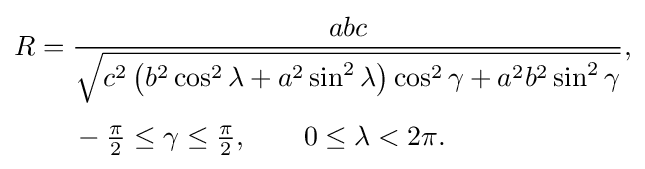
{\begin{aligned}R={}&{\frac {abc}{\sqrt {c^{2}\left(b^{2}\cos ^{2}\lambda +a^{2}\sin ^{2}\lambda \right)\cos ^{2}\gamma +a^{2}b^{2}\sin ^{2}\gamma }}},\\[3pt]&-{\tfrac {\pi }{2}}\leq \gamma \leq {\tfrac {\pi }{2}},\qquad 0\leq \lambda <2\pi .\end{aligned}}